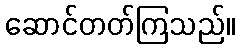
ဆောင်တတ်ကြသည်။